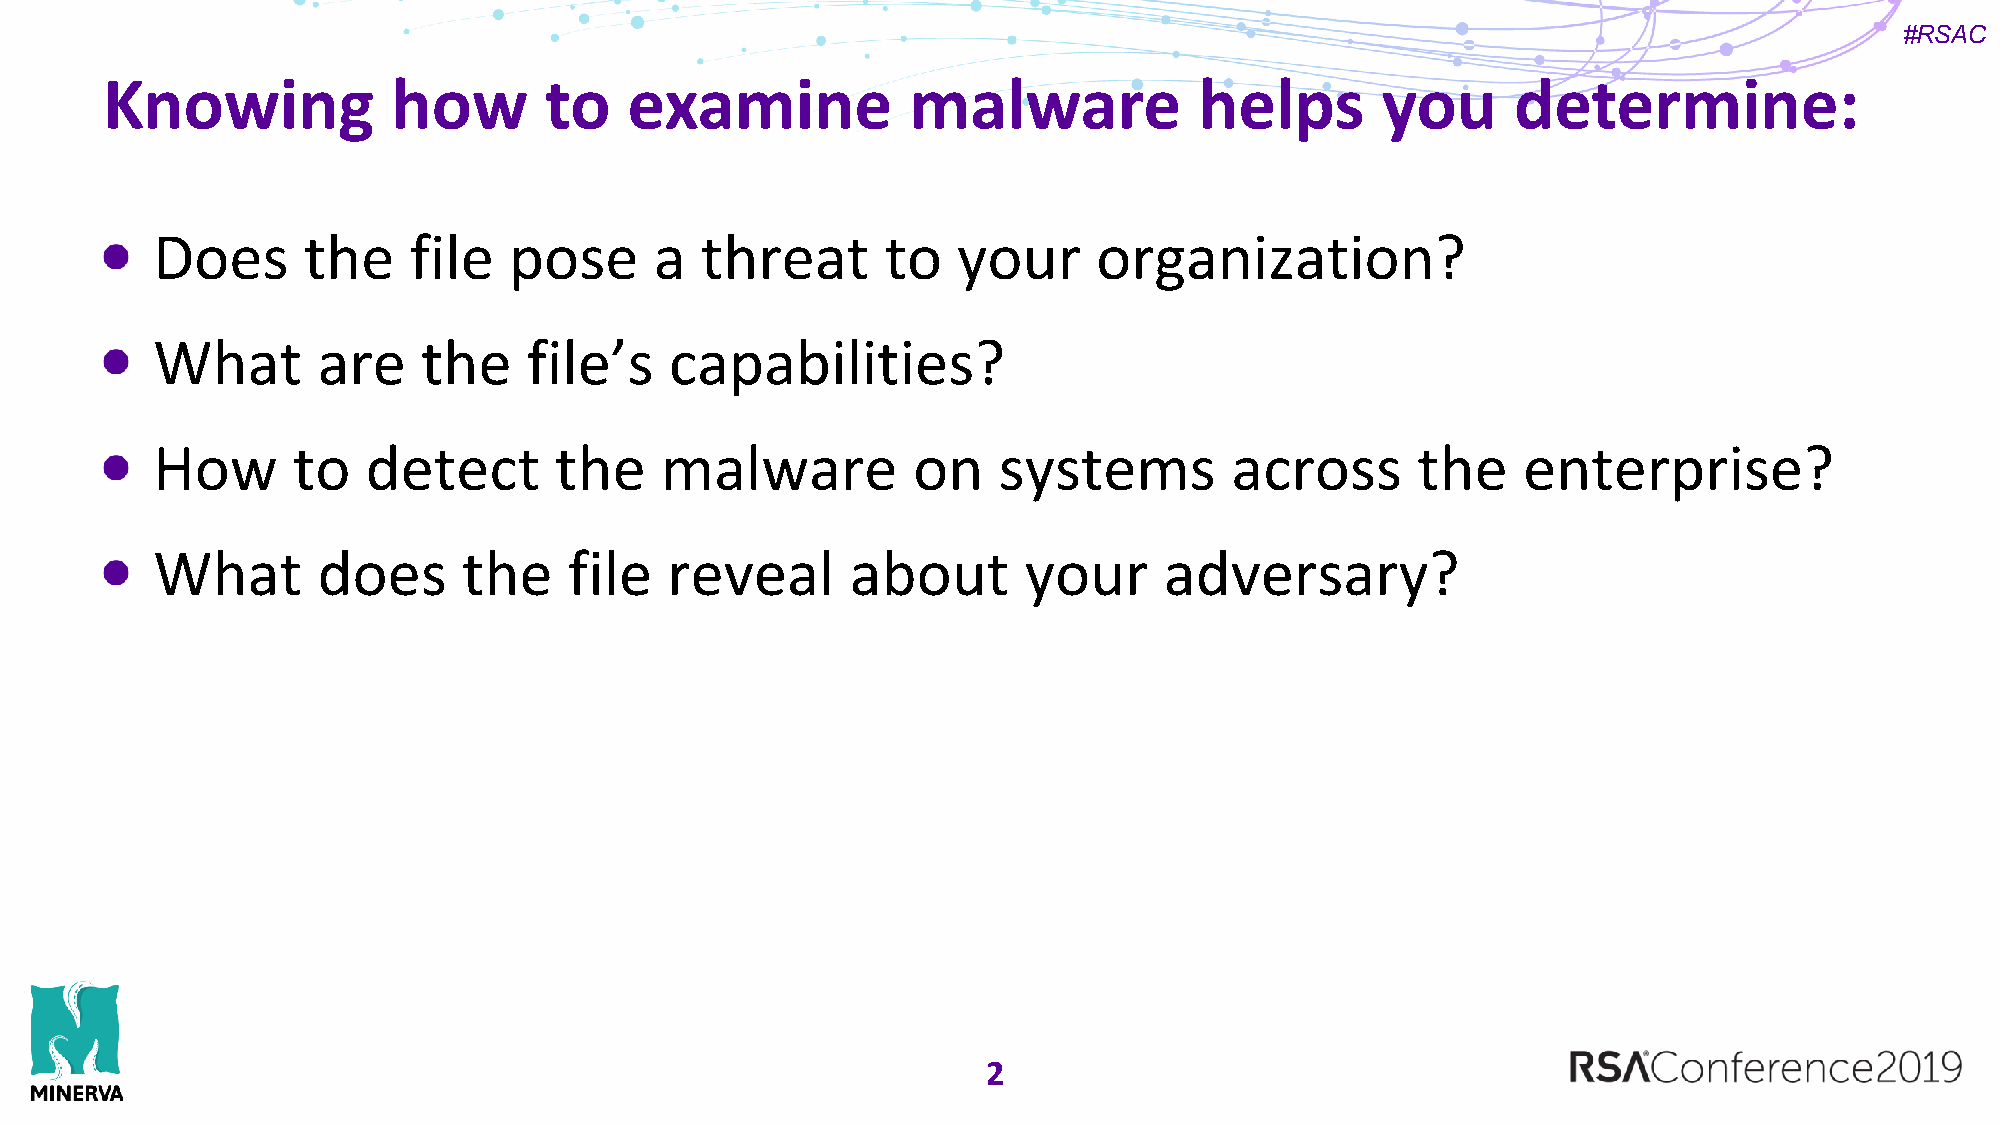
#RSAC
 Knowing            how       to    examine           malware            helps       you      determine:
 Does      the    file   pose     a  threat       to  your      organization?
 What       are    the    file’s   capabilities?
 How      to   detect       the    malware         on    systems        across       the    enterprise?
 What       does      the    file  reveal      about       your     adversary?
 2